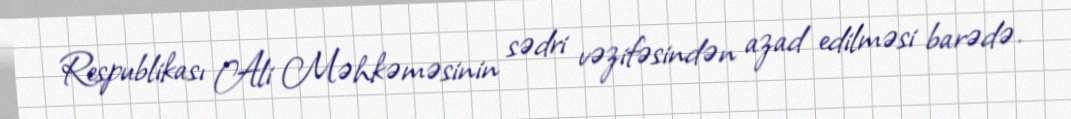
Respublikası Ali Məhkəməsinin sədri vəzifəsindən azad edilməsi barədə.